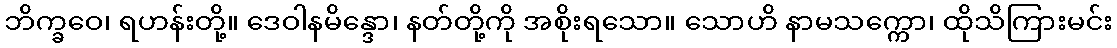
ဘိက္ခဝေ၊ ရဟန်းတို့။ ဒေဝါနမိန္ဒော၊ နတ်တို့ကို အစိုးရသော။ သောဟိ နာမသက္ကော၊ ထိုသိကြားမင်း